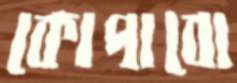
কোপাবো